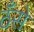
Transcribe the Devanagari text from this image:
ठँसे